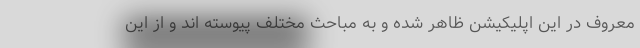
معروف در این اپلیکیشن ظاهر شده و به مباحث مختلف پیوسته اند و از این